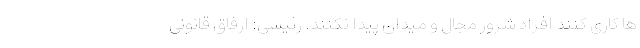
ها کاری کنند افراد شرور مجال و میدان پیدا نکنند. رئیسی: ارفاق قانونی